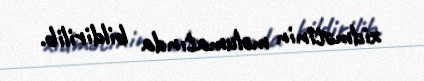
xidmətinin məlumatında bildirilib.